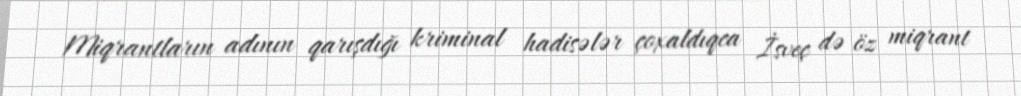
Miqrantların adının qarışdığı kriminal hadisələr çoxaldıqca İsveç də öz miqrant